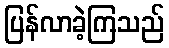
ပြန်လာခဲ့ကြသည်